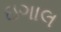
ઇગાલ